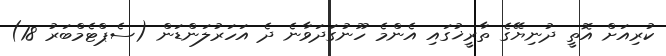
ކުރިއަށް އޮތީ ދުނިޔޭގެ ތާރީޚުގައި އެންމެ ހޫނުގަދަވާނެ ދެ އަހަރުލަންޑަން (ސެޕްޓެމްބަރު 18)